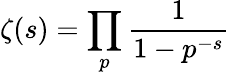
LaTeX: \zeta(s)=\prod_{p}{\frac{1}{1-p^{-s}}}